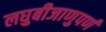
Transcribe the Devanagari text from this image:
लघुबीजाणुपर्ण